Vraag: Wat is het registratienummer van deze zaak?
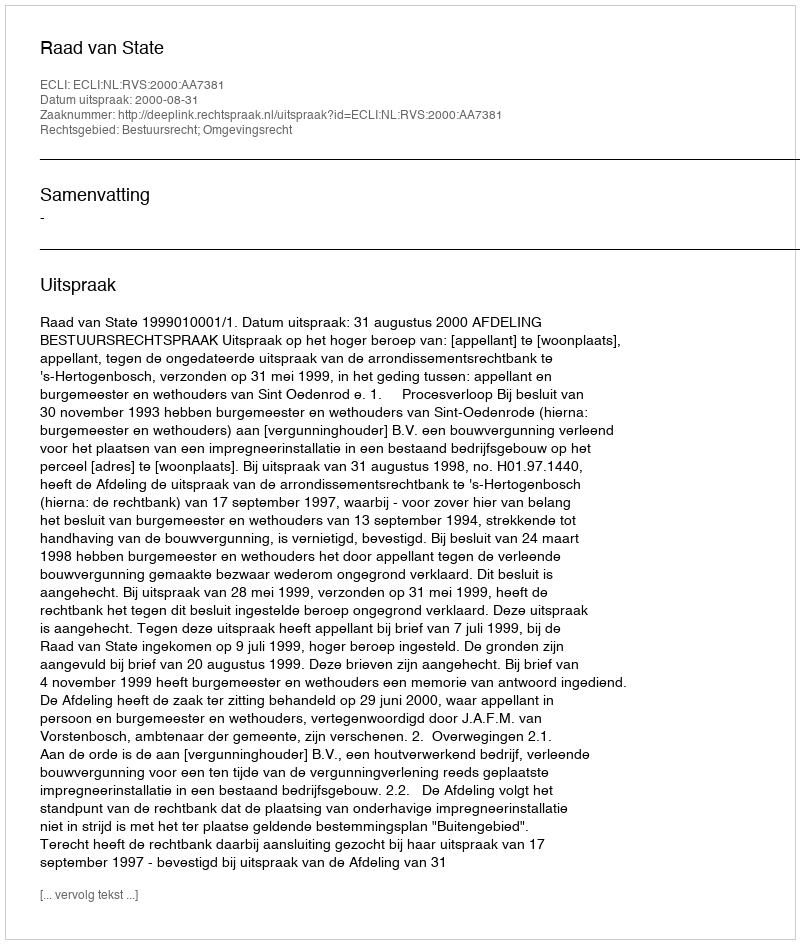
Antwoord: http://deeplink.rechtspraak.nl/uitspraak?id=ECLI:NL:RVS:2000:AA7381